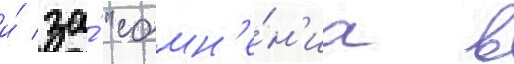
и́ за́ "сомн'е́н'иа в